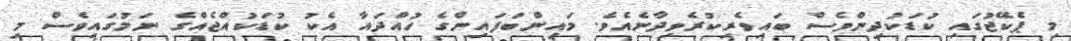
މި ޕެކޭޖުގައި ކުޑަކުދިންވެސް ބައިވެރިކުރެވިދާނެއެވެ. މައިންބަފައިންގެ ހުއްދައާ އެކު ކުޑަކުއްޖެއްގެ ނަމުގައިވެސް މި